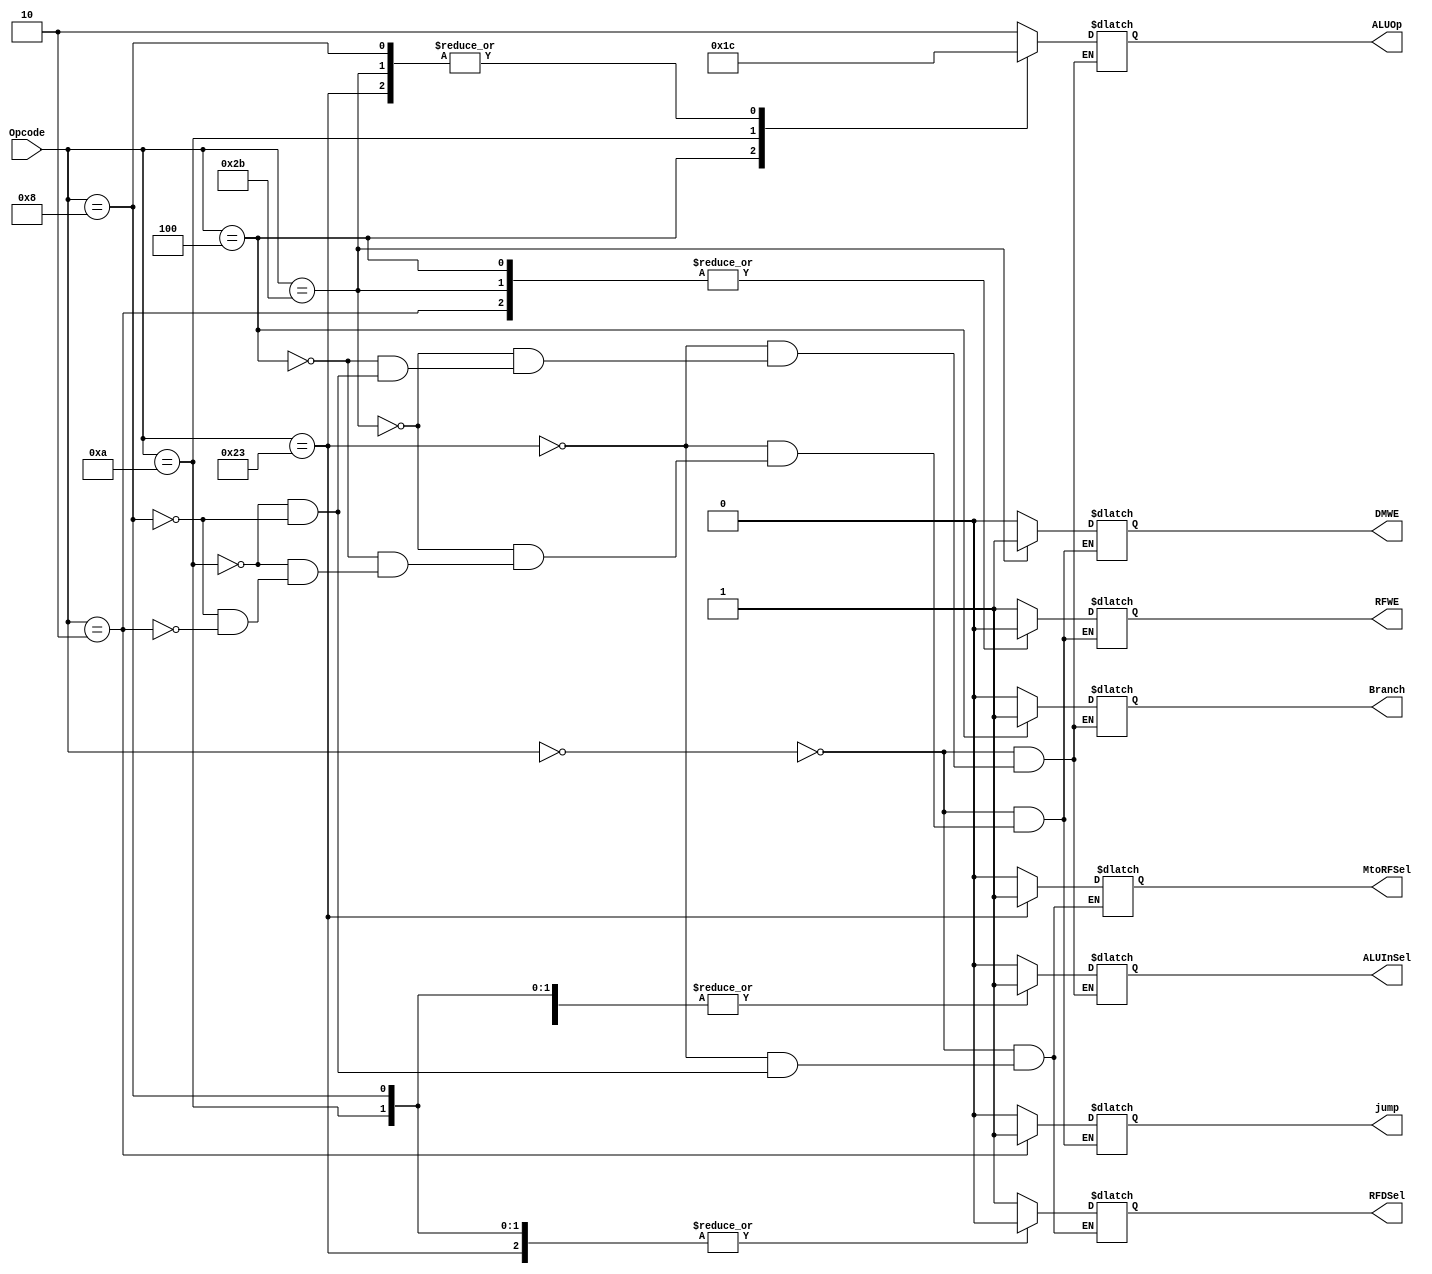
`timescale 1ns / 1ps


module MainDecoder(
        input [5:0] Opcode,
        output reg MtoRFSel, DMWE, Branch, ALUInSel,
        output reg RFDSel, RFWE, jump,
        output reg [1:0] ALUOp
    );
//initial MtoRFSel = 1'b0;            /// ADDED THIS
always @* begin
    case(Opcode)
        6'b000000: begin RFWE=1; RFDSel=1; ALUInSel=0; Branch=0; DMWE=0; MtoRFSel=0; ALUOp=2'b10; jump=0; end   //  R-Type Instrucgtion
        6'b100011: begin RFWE=1; RFDSel=0; ALUInSel=1; Branch=0; DMWE=0; MtoRFSel=1; ALUOp=2'b00; jump=0; end   //  lw 
        6'b101011: begin RFWE=0;           ALUInSel=1; Branch=0; DMWE=1;             ALUOp=2'b00; jump=0; end   //  sw
        6'b000100: begin RFWE=0;           ALUInSel=0; Branch=1; DMWE=0;             ALUOp=2'b01; jump=0; end   //  beq
        6'b001010: begin RFWE=1; RFDSel=0; ALUInSel=1; Branch=0; DMWE=0; MtoRFSel=0; ALUOp=2'b11; jump=0; end   //  slti
        6'b001000: begin RFWE=1; RFDSel=0; ALUInSel=1; Branch=0; DMWE=0; MtoRFSel=0; ALUOp=2'b00; jump=0; end   //  addi
        6'b000010: begin RFWE=0;                                 DMWE=0;                          jump=1; end   //  j
    endcase     
end    
endmodule